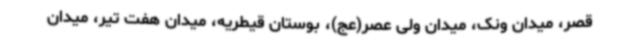
قصر، میدان ونک، میدان ولی عصر(عج)، بوستان قیطریه، میدان هفت تیر، میدان